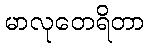
မာလုတေရိတာ